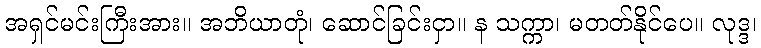
အရှင်မင်းကြီးအား။ အဘိယာတုံ၊ ဆောင်ခြင်းငှာ။ န သက္ကာ၊ မတတ်နိုင်ပေ။ လုဒ္ဒ၊